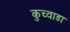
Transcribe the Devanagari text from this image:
कुच्वाडा